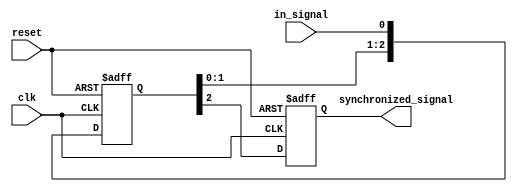
module three_flop_synchronizer (
    input wire clk,
    input wire reset,
    input wire in_signal,
    output wire synchronized_signal
);

reg [2:0] sync_signals;
reg synchronized_signal_reg;

always @(posedge clk or posedge reset) begin
    if (reset) begin
        sync_signals <= 3'b0;
        synchronized_signal_reg <= 1'b0;
    end else begin
        sync_signals <= {sync_signals[1:0], in_signal};
        synchronized_signal_reg <= sync_signals[2];
    end
end

assign synchronized_signal = synchronized_signal_reg;

endmodule